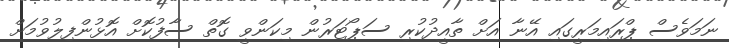
ނަމަވެސް ޕްރައިމަރީގައި އޭނާ އަށް ތާއީދުކުރި ސަޕޯޓަރުން މިކަންވީ ގޮތް ސާފުކޮށް އޮޅުންފިލުވުމަށް